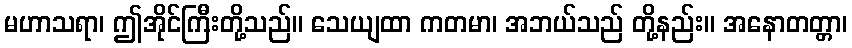
မဟာသရာ၊ ဤအိုင်ကြီးတို့သည်။ သေယျထာ ကတမာ၊ အဘယ်သည် တို့နည်း။ အနောတတ္တာ၊